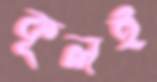
কূলই